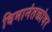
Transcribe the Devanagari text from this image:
विमानंतळांवर